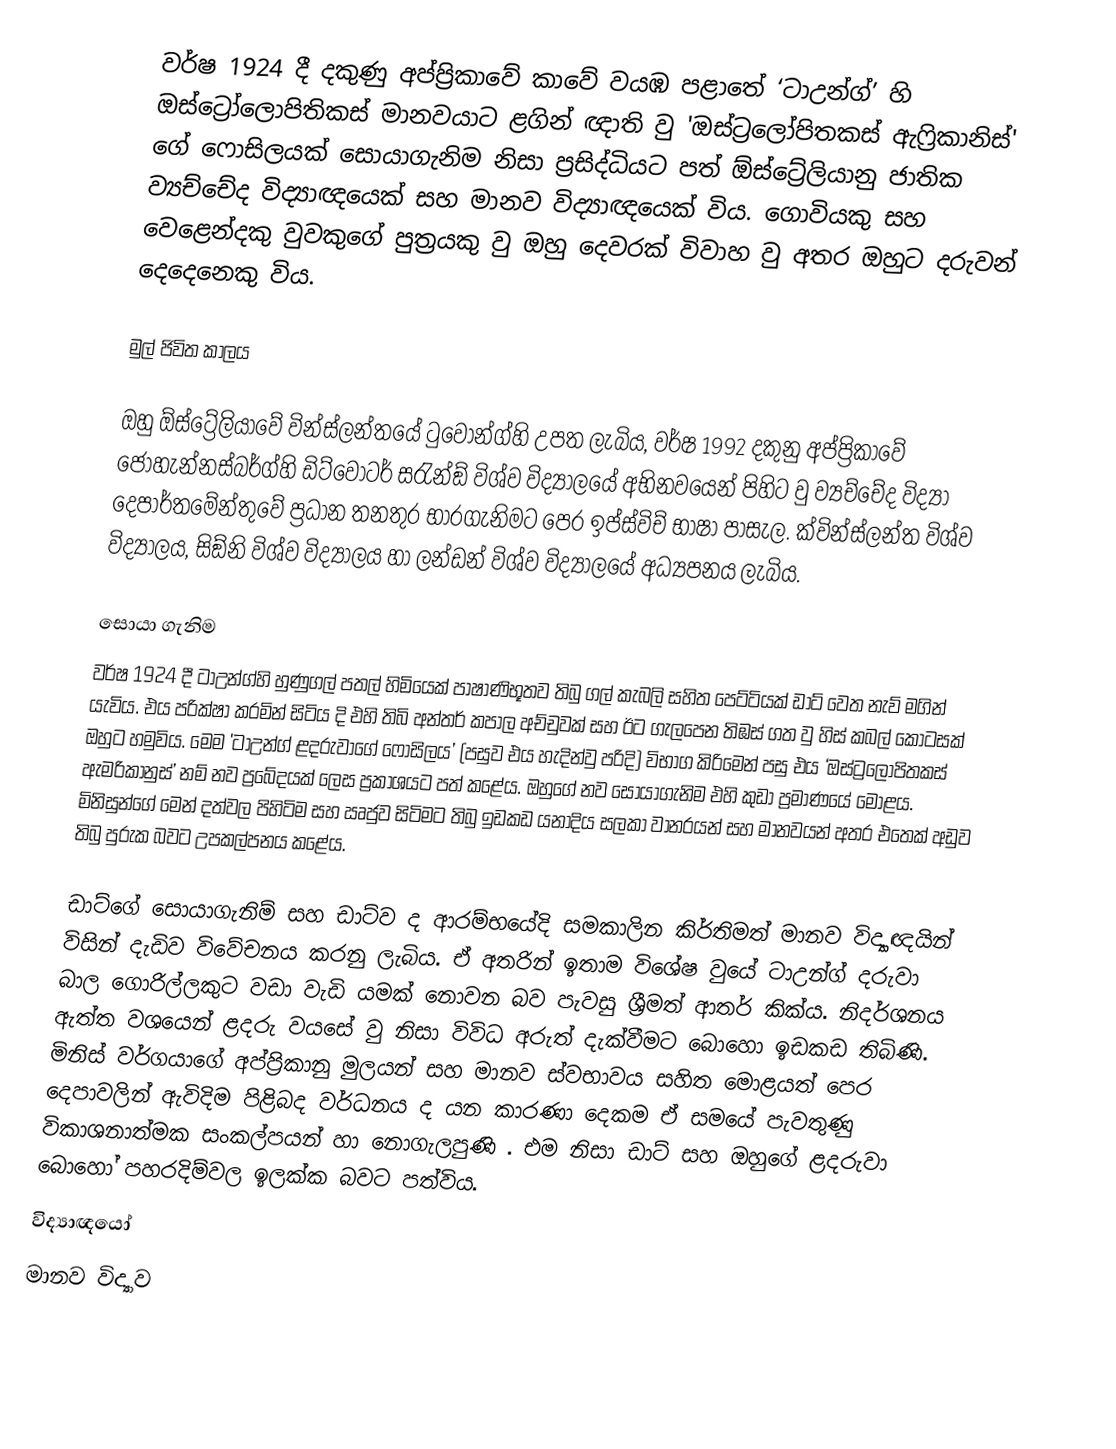
වර්ෂ 1924 දී දකුණු අප්ප්‍රිකාවේ කාවේ වයඹ පළාතේ ‘ටාඋන්ග්’ හි ඔස්ට්‍රෝලොපිතිකස් මානවයාට ළගින් ඥාති වු 'ඔස්ට්‍රලෝපිතකස් ඇෆ්‍රිකානිස්' ගේ ෆොසිලයක් සොයාගැනිම නිසා ප්‍රසිද්ධියට පත්  ඕස්ට්‍රේලියානු ජාතික ව්‍යච්චේද විද්‍යාඥයෙක් සහ මානව විද්‍යාඥයෙක් විය. ගොවියකු සහ වෙළෙන්දකු වුවකුගේ පුත්‍රයකු වු ඔහු දෙවරක් විවාහ වු අතර ඔහුට දරුවන් දෙදෙනෙකු විය.

මුල් ජිවිත කාලය

ඔහු  ඕස්ට්‍රේලියාවේ වින්ස්ලන්තයේ ටුවොන්ග්හි උපත ලැබිය, වර්ෂ 1992 දකුනු අප්ප්‍රිකාවේ ජොහැන්නස්බර්ග්හි ඩිට්වෝටර් ස‍්‍රැන්ඞ් විශ්ව විද්‍යාලයේ අභිනවයෙන් පිහිට වු ව්‍යච්චේද විද්‍යා දෙපාර්තමේන්තුවේ ප්‍රධාන තනතුර භාරගැනිමට පෙර ඉප්ස්විච් භාෂා පාසැල. ක්වින්ස්ලන්ත විශ්ව විද්‍යාලය, සිඞ්නි විශ්ව විද්‍යාලය හා ලන්ඩන් විශ්ව විද්‍යාලයේ අධ්‍යපනය  ලැබිය.

සොයා ගැනිම
වර්ෂ 1924 දී ටාඋන්ග්හි හුණුගල් පතල් හිමියෙක් පාෂාණිභූතව තිබු ගල් කැබලි සහිත පෙට්ටියක් ඩාට් වෙත නැව් මගින් යැවිය. එය පරික්ෂා කරමින් සිටිය දි එහි තිබි අන්තර් කපාල අච්චුවක් සහ ඊට ගැලපෙන තිඹස් ගත වු හිස් කබල් කොටසක් ඔහුට හමුවිය. මෙම 'ටාඋන්ග් ළදරුවාගේ ෆොසිලය’ (පසුව එය හැදින්වු පරිදි) විභාග කිරිමෙන් පසු එය ‘ඔස්ට්‍රලෝපිතකස් ඇමරිකානුස්’ නම් නව ප්‍රබේදයක් ලෙස ප්‍රකාශයට පත් කළේය. ඔහුගේ නව සොයාගැනිම එහි කුඩා ප්‍රමාණයේ මොළය. මිනිසුන්ගේ මෙන් දත්වල පිහිටිම සහ ඍජුව සිටිමට තිබු ඉඩකඩ යනාදිය සලකා වානරයන් සහ මානවයන් අතර එතෙක් අඩුව තිබු පුරුක බවට උපකල්පනය කළේය.

ඩාට්ගේ සොයාගැනිම් සහ ඩාට්ව ද ආරම්භයේදි සමකාලින කිර්තිමත් මානව විද්‍යාඥයින් විසින් දැඩිව විවේචනය කරනු ලැබිය. ඒ අතරින් ඉතාම විශේෂ වුයේ ටාඋන්ග් දරුවා බාල ගොරිල්ලකුට වඩා වැඩි යමක් නොවන බව පැවසු ශ්‍රීමත් ආතර් කික්ය. නිදර්ශනය ඇත්ත වශයෙන් ළදරු වයසේ වු නිසා විවිධ අරුත් දැක්වීමට බොහො ඉඩකඩ තිබිණි. මිනිස් වර්ගයාගේ අප්ප්‍රිකානු මුලයන් සහ මානව ස්වභාවය සහිත මොළයත් පෙර දෙපාවලින් ඇවිදිම පිළිබද වර්ධනය ද යන කාරණා දෙකම ඒ සමයේ පැවතුණු විකාශනාත්මක සංකල්පයන් හා නොගැලපුණි . එම නිසා ඩාට් සහ ඔහුගේ ළදරුවා බොහෝ පහරදිම්වල ඉලක්ක බවට පත්විය.
විද්‍යාඥයෝ
මානව විද්‍යාව